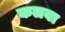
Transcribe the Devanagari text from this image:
कलवा